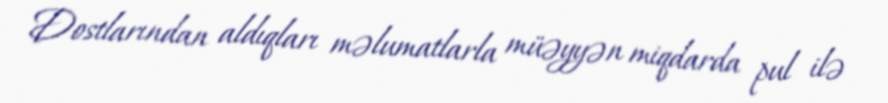
Dostlarından aldıqları məlumatlarla müəyyən miqdarda pul ilə